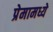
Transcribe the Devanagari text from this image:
प्रेमामध्ये